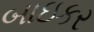
બાઇકર